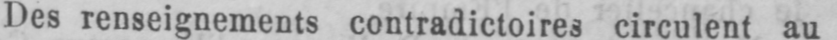
Des renseignements contradictoires circulent au